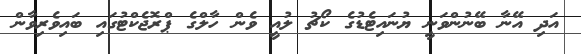
އަދި އޭނާ ބޭނުންވަނީ ޔުނައިޓެޑުގެ ކޯޗު ލުއީ ވެން ހާލްގެ ޕްރޮޖެކްޓުގައި ބައިވެރިވާން